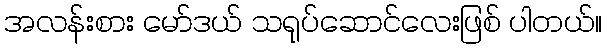
အလန်းစား မော်ဒယ် သရုပ်ဆောင်လေးဖြစ် ပါတယ်။